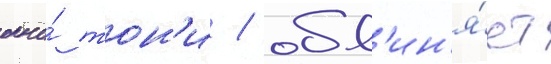
окно́ тон'и / обв'ин'я́ет